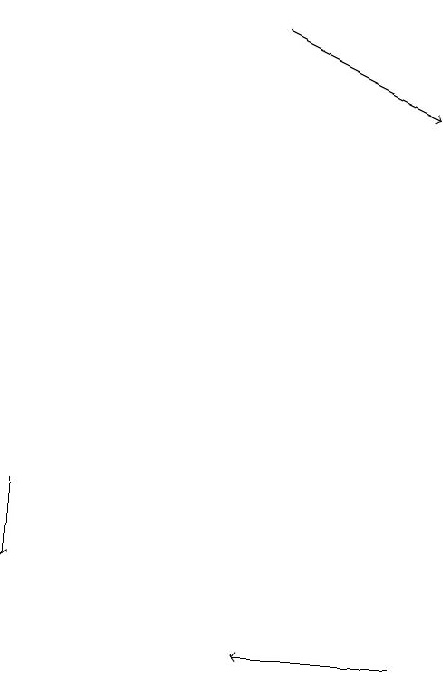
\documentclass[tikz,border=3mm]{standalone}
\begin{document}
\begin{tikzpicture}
\draw[->] (4,18) -- (6,17);
\draw[->] (6,10) -- (4,10);
\draw[->] (1,12) -- (1,11);
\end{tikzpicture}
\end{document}